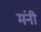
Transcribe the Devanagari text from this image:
मंनी